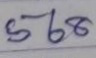
568